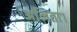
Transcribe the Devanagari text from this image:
अमिता।